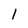
Character: 1